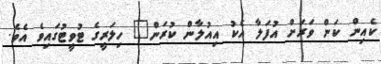
ކެއިން ކަން ވަރަށް އުފަލާ އެކު އިއުލާން ކުރަން" ހިލަރީގެ ޓުވީޓުގައިވެ އެވެ.